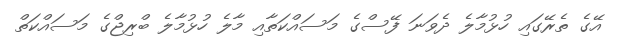
އޭގެ ތެރޭގައި ހުޅުމާލެ ދެވަނަ ފޭސްގެ މަސައްކަތާއި މާލެ ހުޅުމާލެ ބްރިޖްގެ މަސައްކަތް